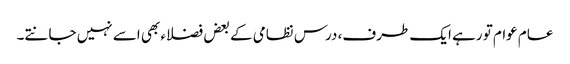
عام عوام تو رہے ایک طرف، درس نظامی کے بعض فضلاء بھی اسے نہیں جانتے۔